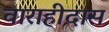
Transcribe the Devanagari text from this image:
वाराहीदास